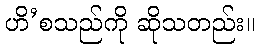
ဟိ’စသည်ကို ဆိုသတည်း။